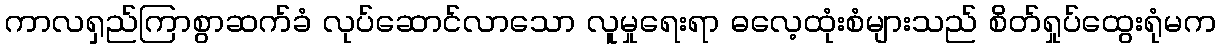
ကာလရှည်ကြာစွာဆက်ခံ လုပ်ဆောင်လာသော လူမှုရေးရာ ဓလေ့ထုံးစံများသည် စိတ်ရှုပ်ထွေးရုံမက